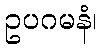
ဥပဂမနံ၊